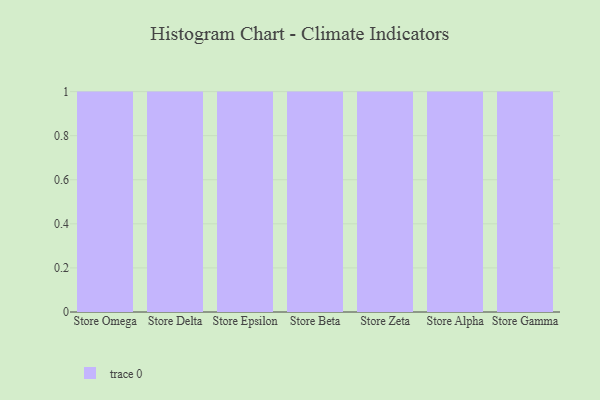
{"axis": {"x": "Store", "y": "Waste Production (Tons)"}, "legend": [""], "data": [{"x": "Store Omega", "y": 40, "type": ""}, {"x": "Store Delta", "y": 7, "type": ""}, {"x": "Store Epsilon", "y": 57, "type": ""}, {"x": "Store Beta", "y": 88, "type": ""}, {"x": "Store Zeta", "y": 66, "type": ""}, {"x": "Store Alpha", "y": 48, "type": ""}, {"x": "Store Gamma", "y": 76, "type": ""}]}